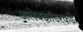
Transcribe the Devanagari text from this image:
अलेक्झांडरकडे